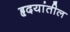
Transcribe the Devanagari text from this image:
हृदयांतील